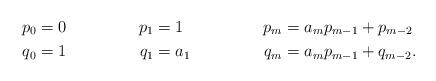
LaTeX: \begin{align*}p_0 & = 0 & p_1 & = 1 & p_m & = a_mp_{m-1}+p_{m-2} \\q_0 & = 1 & q_1 & = a_1 & q_m & = a_mp_{m-1}+q_{m-2} .\end{align*}